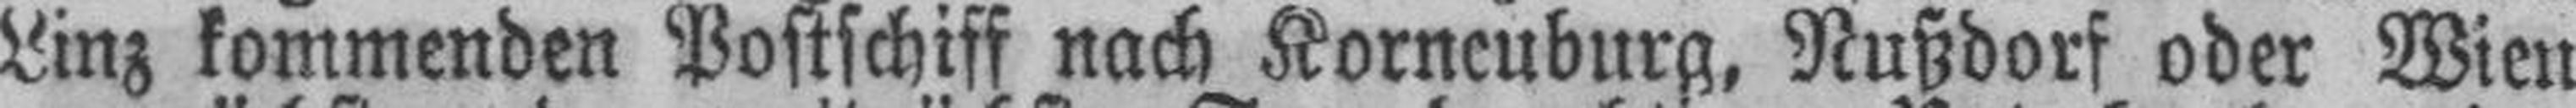
Linz kommenden Postschiff nach Korneuburg, Nußdorf oder Wien